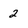
Character: 2